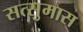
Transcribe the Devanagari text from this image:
सत्सुमास